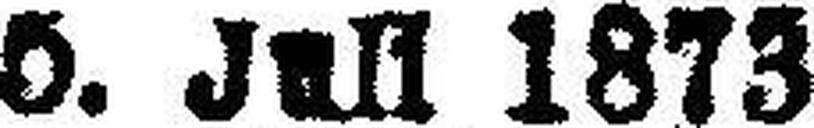
5. Juli 1873